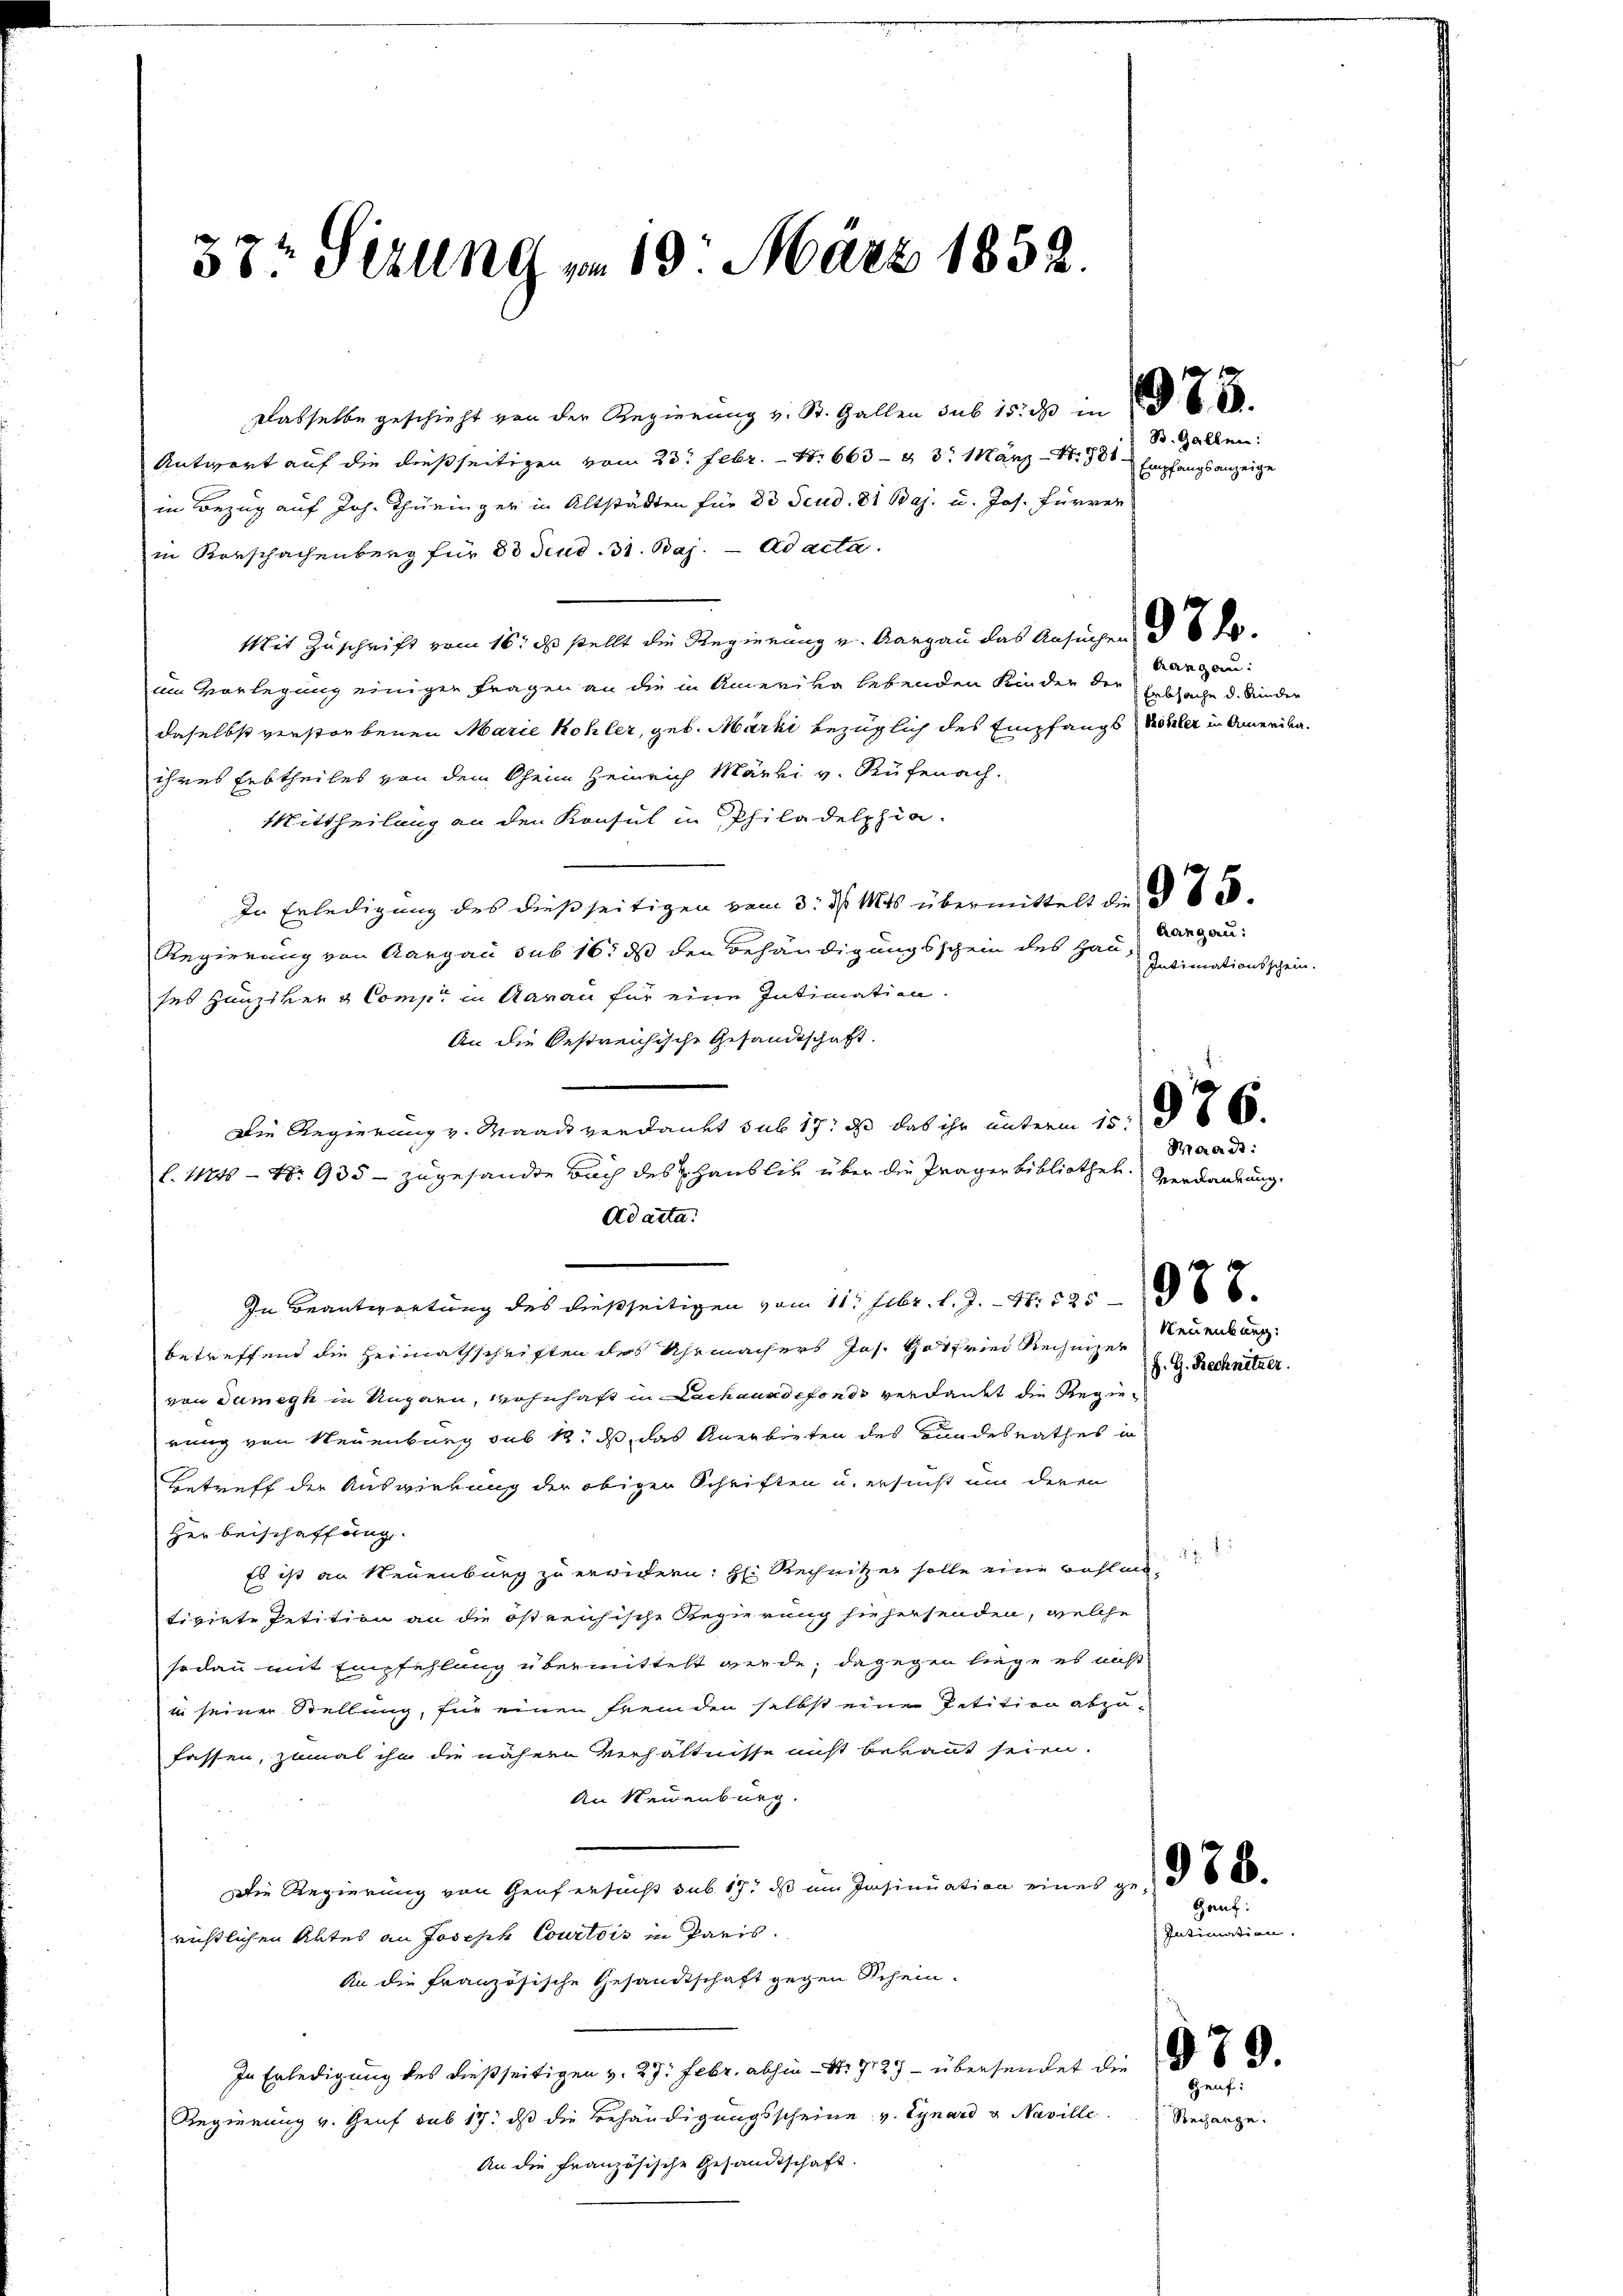
33t Sezung vom 19. März 1852.

Dasselbe geschieht von der Regierŭng v. St. Gallen sub 15. ds in
Antwort auf die dießseitigen vom 23. Febr. 1. 663 - 43. März 1881
in Bezug auf Joh. Thüringer in Altstädten für 80 Scud. 81 Baj. u. Jos. Fürrer
in Vorschachenberg für 80 Feud. 31. Baj. Ad acta.
Mit Zuschrift vom 16. es stellt die Regierung v. Aargau das Ansuchen § 6 d
um Vorlegung einiger Fragen an die in Amerika lebenden Kinden der Erbsache d. Kinder
daselbst verstorbenen Marie Kohler, geb. Marki bezüglich des Empfangs Kohler in Amerikaihres Erbtheiles von dem Oheim Heinrich Märki v. Rüfenach.
Mittheilung an den Konsul in Philadelphia-
In Erledigung des dießseitigen vom 3. d. Mts. übermittelt die § 85.
Regierung von Aargau sub 16. ds den Behändigungsschein des Hauses Hauptver & Comp. in Aarau für eine Intimation.
An die bestreichische Gesandtschaft.
Die Regierung v. Maack verdankt sub 17, daß das ihr unterm 15. § 868.
l. 11446 - No. 935 - zugesandte Buch des H. Hauslis über die Präger bibliothek. Verdankung
Ad acta.
In Beantwortung des dießseitigen vom 11. Febr. l. J. - 4. 525
betreffend die Heimathschriften des Uhrmachers Jos. Gotfried Rechnizer
von dumegk in Ungarn, wohnhaft in Lachanndefondo verdankt die Regierung von Neuenburg sub 18. ds, das Anerbieten des Bundesrathes in
Betreff der Auswirkung der obigen Schriften u. ersucht um deren
Her beischaffung.
Es ist an Neuenburg zu erwidern: H: Rechnitzer solle eine Bohlen
tivirte Petition an die östreichische Regierung siehersenden, welche
sodann mit Empfehlung übermittelt werde; dagegen liege es nicht
in seiner Stellung, für einen fremden selbst eine Petition abzufassen, zumal ihn die nähern Verhältnisse nicht bekannt seien.
An Neuenburg.
Die Regierung von Haufersucht sub 17. ds im Insinuation eines ge- 600.
richtlichen Aktes an Joseph Courtois in Paris.
An die Französische Gesandtschaft gegen Schein.
In Erledigung des dießseitigen v. 27. Febr. abhin 17123 - überhandet die
Regierung v. Genf sub 17. ds die Behändigungsscheine v. Gynard & Naville
An die Französische Gesandtschaft.

S. Gallen:
Empfangsanzeige

drang an:

Aargau:
Intimationsschein.
Waadt:

Neuenburg:
J. G. Rechnitzer.

Gauf:
Intimation,

Rech

Genf:

ege.